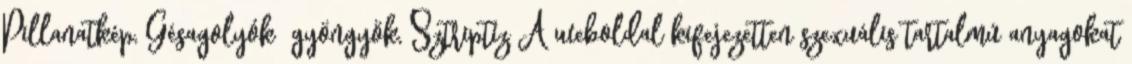
Pillanatkép, Gésagolyók gyöngyök, Sztriptíz A weboldal kifejezetten szexuális tartalmú anyagokat